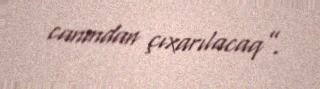
canından çıxarılacaq”.